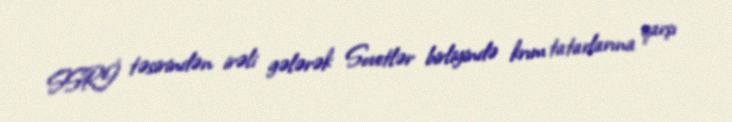
SSRİ təsirindən irəli gələrək Sovetlər birliyində krım tatarlarına qarşı